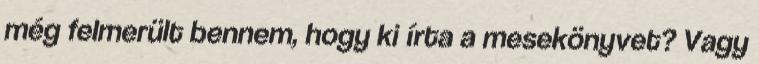
még felmerült bennem, hogy ki írta a mesekönyvet? Vagy